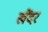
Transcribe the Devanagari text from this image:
खेंदर